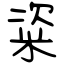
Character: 粢